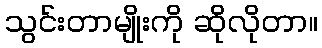
သွင်းတာမျိုးကို ဆိုလိုတာ။